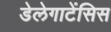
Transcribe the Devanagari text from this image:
डेलेगाटेंसिस